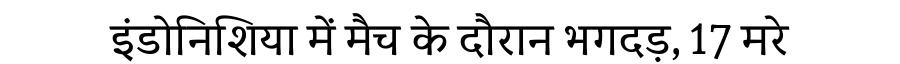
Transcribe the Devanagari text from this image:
इंडोनिशिया में मैच के दौरान भगदड़, 17 मरे